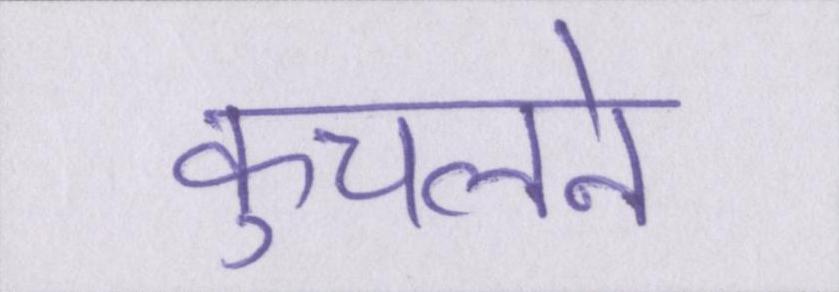
कुचलने